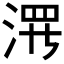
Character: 𱦶